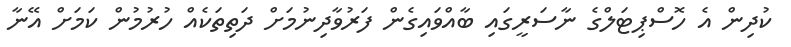
ކުދިން އެ ހޮސްޕިޓަލްގެ ނާސަރީގައި ބާއްވައިގެން ފަރުވާދިނުމަށް ދަތިތަކެއް ހުރުމުން ކަމަށް އޭނާ